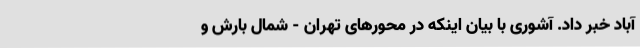
آباد خبر داد. آشوری با بیان اینکه در محورهای تهران - شمال بارش و